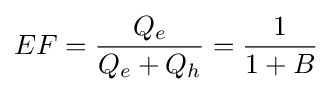
{EF={\frac {Q_{e}}{Q_{e}+Q_{h}}}={\frac {1}{1+B}}}